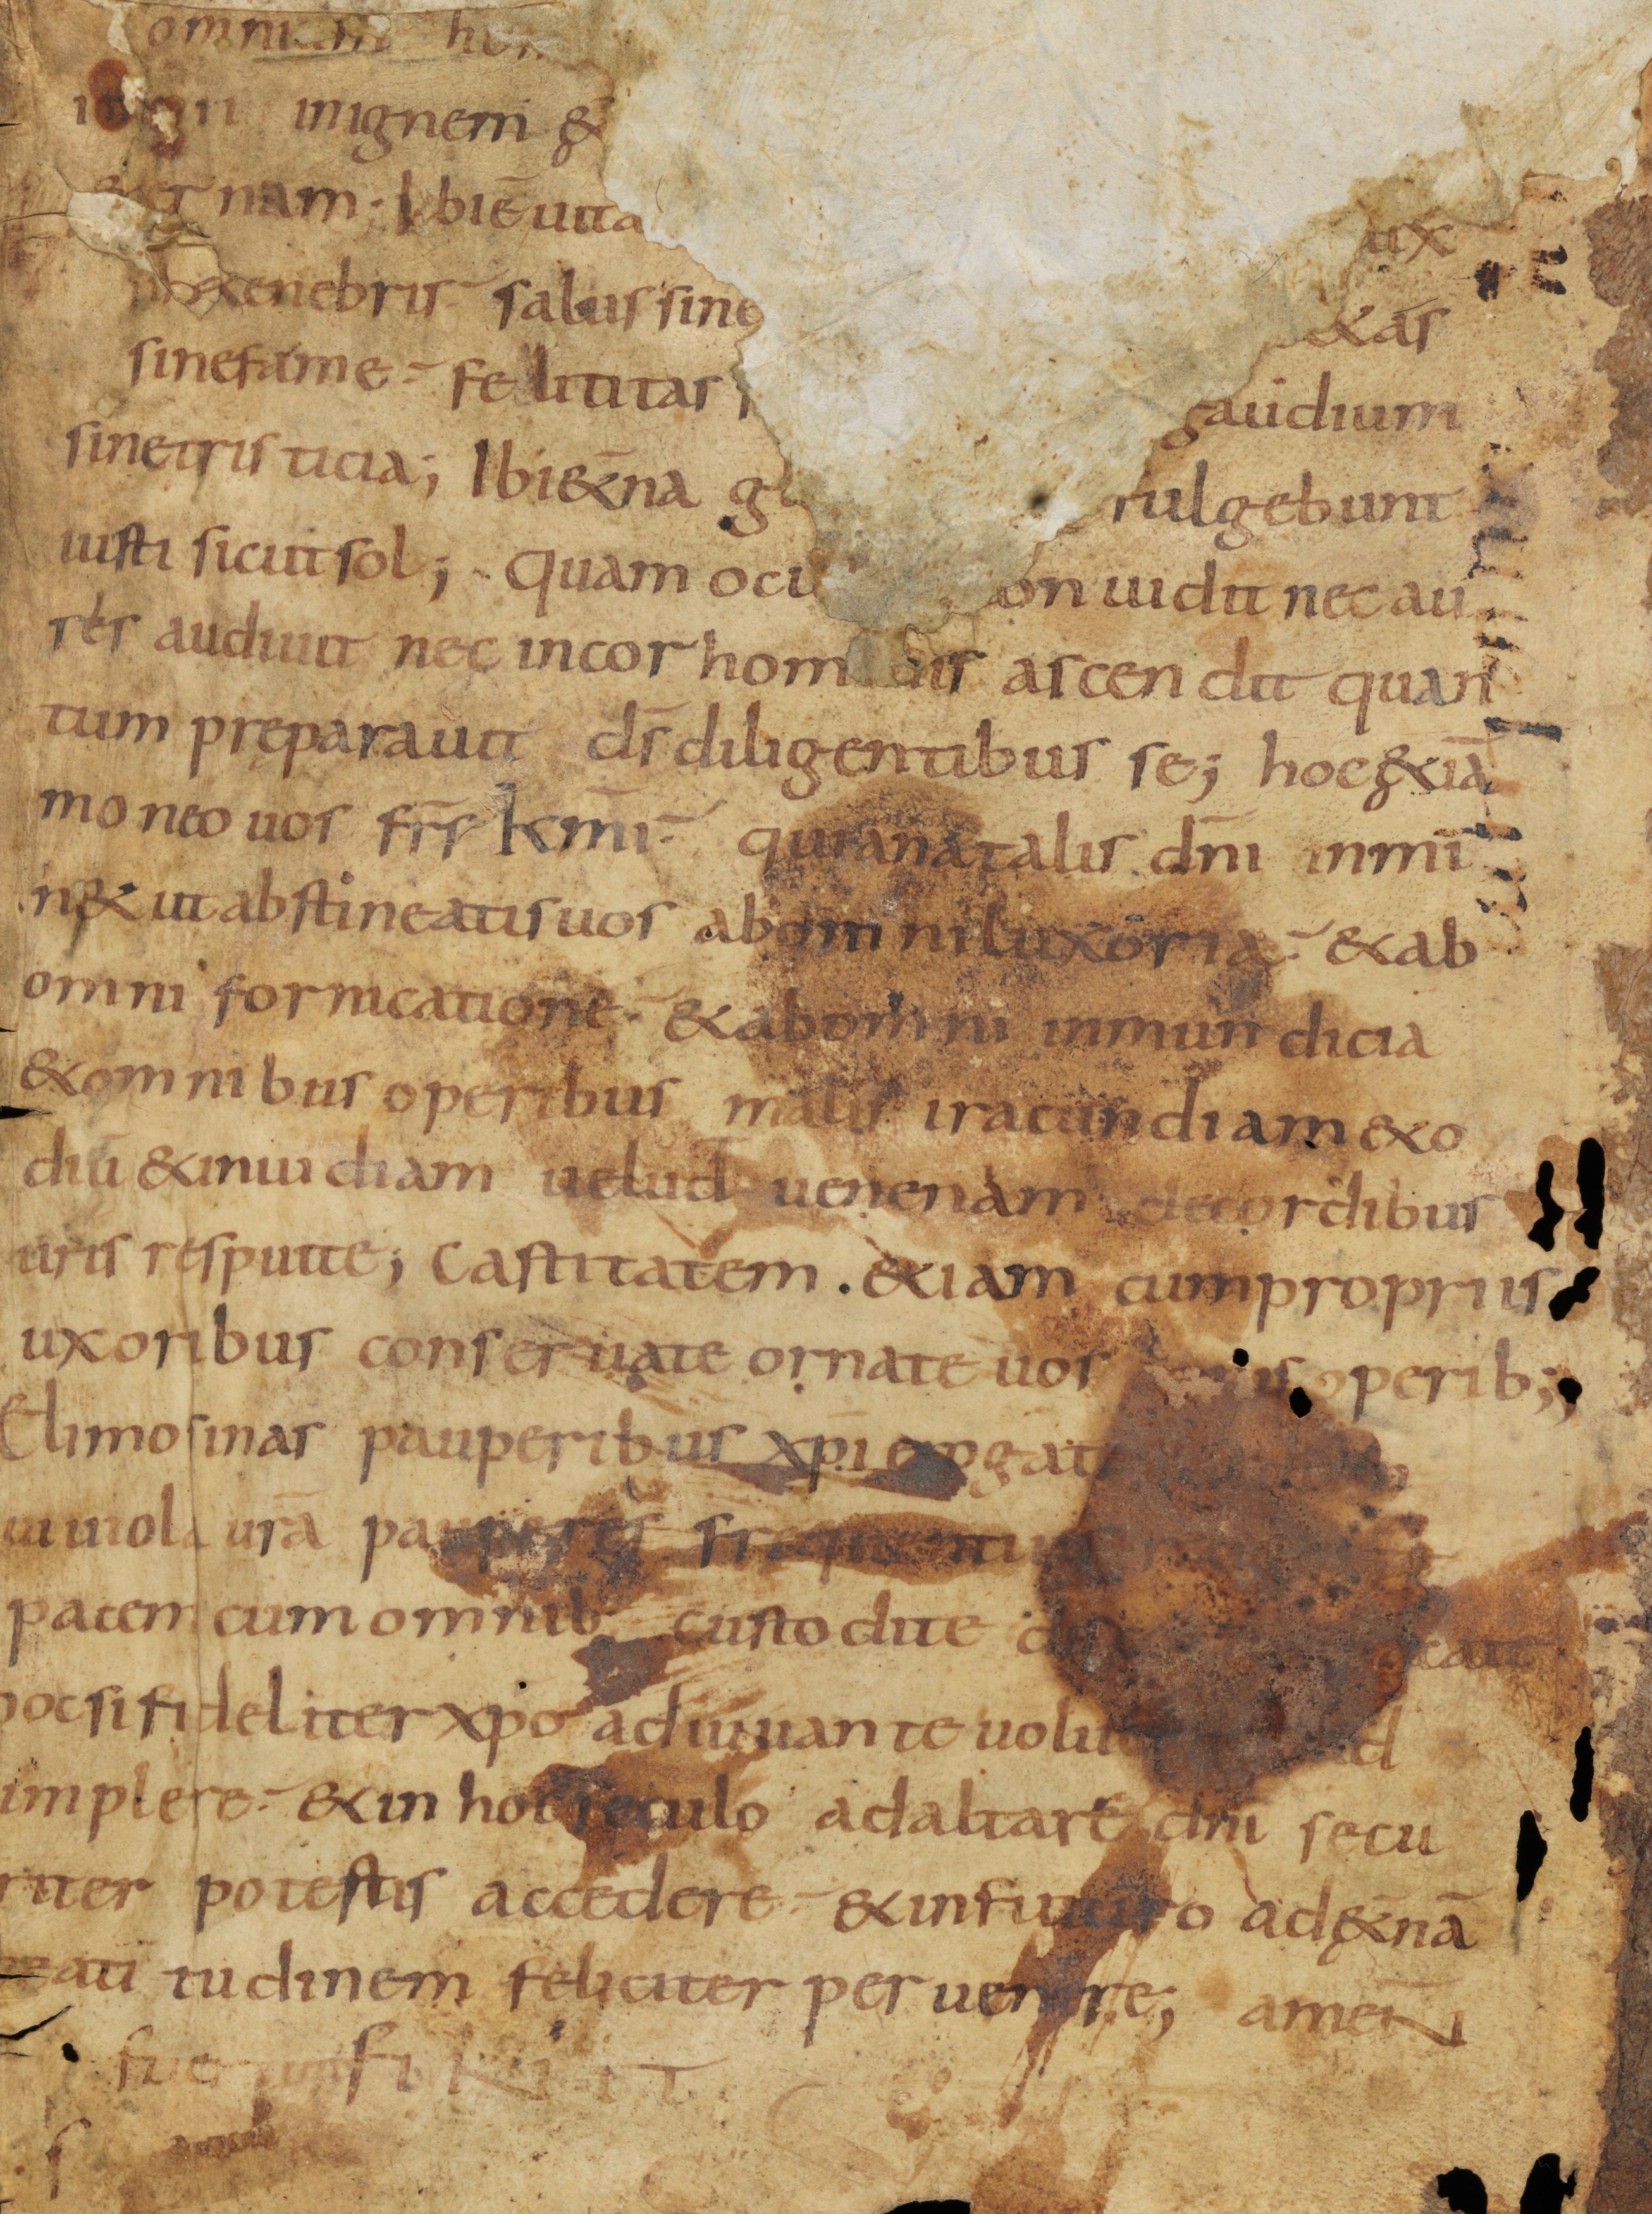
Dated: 800–899